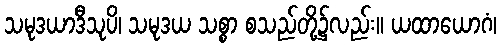
သမုဒယာဒီသုပိ၊ သမုဒယ သစ္စာ စသည်တို့၌လည်း။ ယထာယောဂံ၊